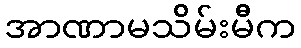
အာဏာမသိမ်းမီက